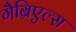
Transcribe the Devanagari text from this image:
गैब्रिएल्स